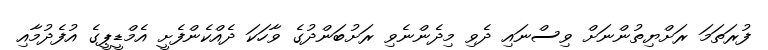
ފުރަތަމަ ރަށްޔިތުންނަށް ވިސްނައި ދެވި މިދެންނެވި ރަށުބަންދުގެ ވާހަކަ ދެއްކެންފެށީ އެމްޑީޕީގެ އުފެދުމާއި